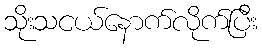
သိုးသငယ်နောက်လိုက်ပြီး